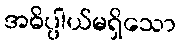
အဓိပ္ပါယ်မရှိသော